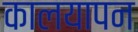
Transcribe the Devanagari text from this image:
कालयापन